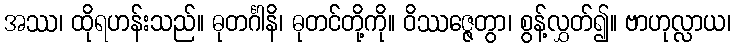
အဿ၊ ထိုရဟန်းသည်။ ဓုတင်္ဂါနိ၊ ဓုတင်တို့ကို။ ဝိဿဇ္ဇေတွာ၊ စွန့်လွှတ်၍။ ဗာဟုလ္လာယ၊